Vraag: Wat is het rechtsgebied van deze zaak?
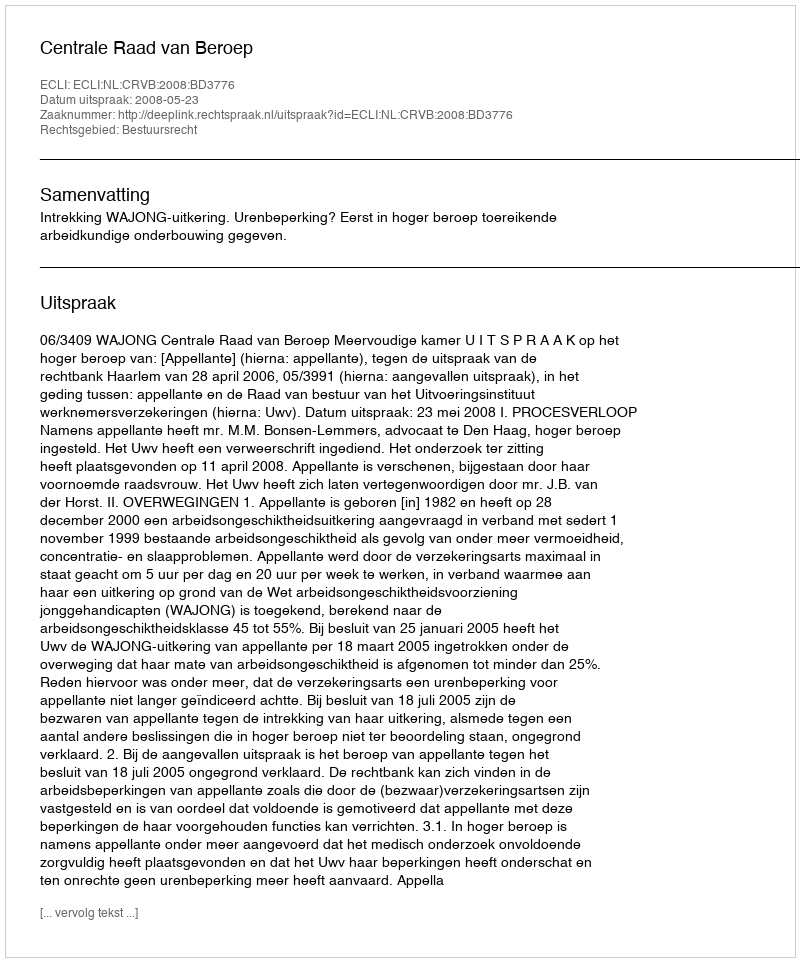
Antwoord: Bestuursrecht